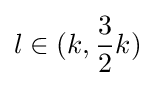
l\in (k,{\frac {3}{2}}k)